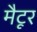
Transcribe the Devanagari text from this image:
मैटूर